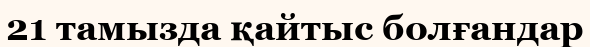
21 тамызда қайтыс болғандар